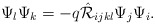
\begin{align*}\Psi_{l}\Psi_{k}=- q \hat{{\cal R}}_{ijkl}\Psi_{j}\Psi_{i}. \end{align*}